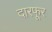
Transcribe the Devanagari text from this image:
दारफूर